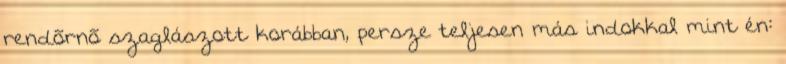
rendõrnõ szaglászott korábban, persze teljesen más indokkal mint én: